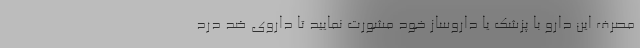
مصرف این دارو با پزشک یا داروساز خود مشورت نمایید تا داروی ضد درد